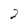
Character: 2